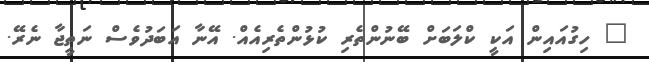
" ހިގުއައިން އަކީ ކްލަބަށް ބޭނުންތެރި ކުޅުންތެރިއެއް. އޭނާ އަބަދުވެސް ނަތީޖާ ނެރޭ.